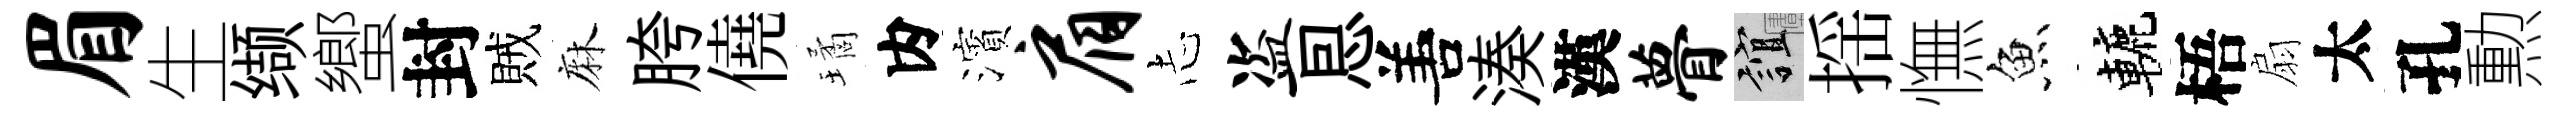
眉生缬蠁封賊麻胯僥璚内濱肩𢖽盗㤙𠵊湊漢瞢誼揺憮魚轆梧扇太孔勲